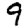
Digit: 9